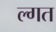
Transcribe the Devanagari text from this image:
ल्गत